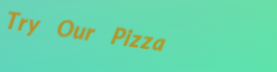
Try Our Pizza